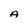
Character: A